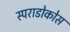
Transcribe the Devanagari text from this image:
स्पराडोकोस